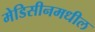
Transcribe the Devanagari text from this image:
मेडिसीनमधील